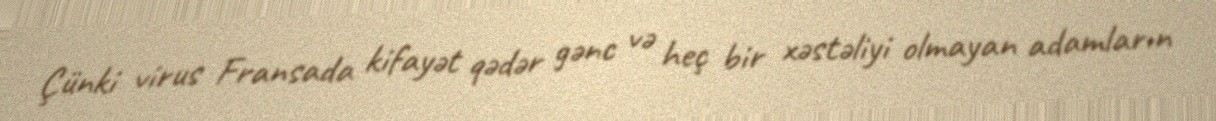
Çünki virus Fransada kifayət qədər gənc və heç bir xəstəliyi olmayan adamların